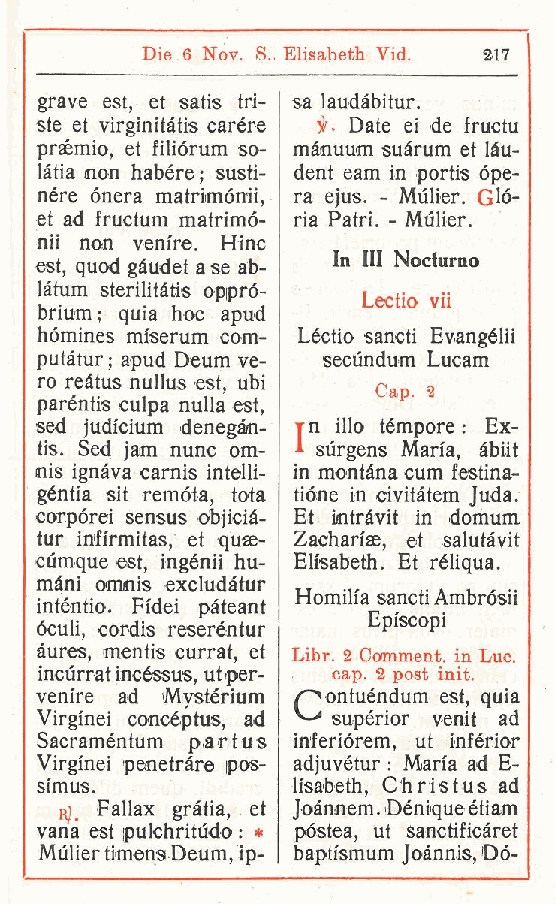
Die 6 Nov. S. Elisabeth Vid. 217
 grave est, et satis tri- sa laudàbitur.
 ste et virginitàtis carére il. Date ei de fructu
 prsemio, et filiórum so- mànuum suàrum et làu-
 latia non habére ; susti- dent eam in portis òpe-
 nére onera matriimónii ra ejus. - Mulier. Glò-
 ,
 et ad fructum matrimó- ria Patri. - Mulier.
 nii non venire. Hinc
 In III Nocturno
 est, quod gàudet a se ab-
 làtum sterilitàtis oppró-
 Lectio vii
 brium; quia hoc apud
 hómines mfserum com- Léctio sancti Evangélii
 putàtur ; apud Deum ve- secùndum Lucam
 ro reàtus nullus est ubi
 ,         Cap. 2
 paréntis culpa nulla est,
 sed judicium denegàn- rn ilio tèmpore: Ex-
 tis. Sed jam nunc om- * sùrgens Maria, àbiit
 ois ignava carnis intelli- in montana cum festina-
 géntia sit remòta, tota tiòne in civitàtem Juda.
 corpòrei sensus objicià- Et intràvit in domum
 tur inffrmitas et quse- Zacharise, et salutàvit
 ,
 cùmque est ingénii hu- Elisabeth. Et réliqua.
 ,
 màni ormnis excludàtur
 Homilia sancti Ambròsii
 inténtio. Fidei pàteant
 Episcopi
 òculi, cordis reseréntur
 àures, mentis currat et Libr. 2 Comment. in Lue.
 ,
 incurrat incéssus ut per- cap. 2 post init.
 ,
 venire ad Mystérium / ontuéndum est, quia
 Virginei concéptus ad supérior venit ad
 ,
 Sacraméntum partus inferiòrem, ut inférior
 Virginei penetrare ipos- adjuvétur : Maia ad E-
 simus.           lisabeth, Christus ad
 ri, Fallax gràtia, et Joànnem. Dénique étiam
 vana est ipulchritudo : « pòstea, ut sanctificàret
 Mulier timens Deum, ip- baptismum Joànnis, Dò-
 r